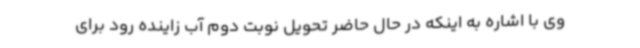
وی با اشاره به اینکه در حال حاضر تحویل نوبت دوم آب زاینده رود برای